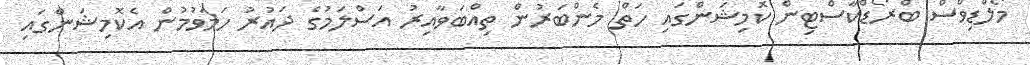
މޯލްޑިވްސް ބްރޯޑްކާސްޓިން ކޮމިޝަންގައި ހަތް މެންބަރުން ތިއްބަވާއިރު އަސްލަމުގެ ދައުރު ހަމަވުމުން އެކޮމިޝަންގައި